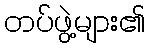
တပ်ဖွဲ့များ၏